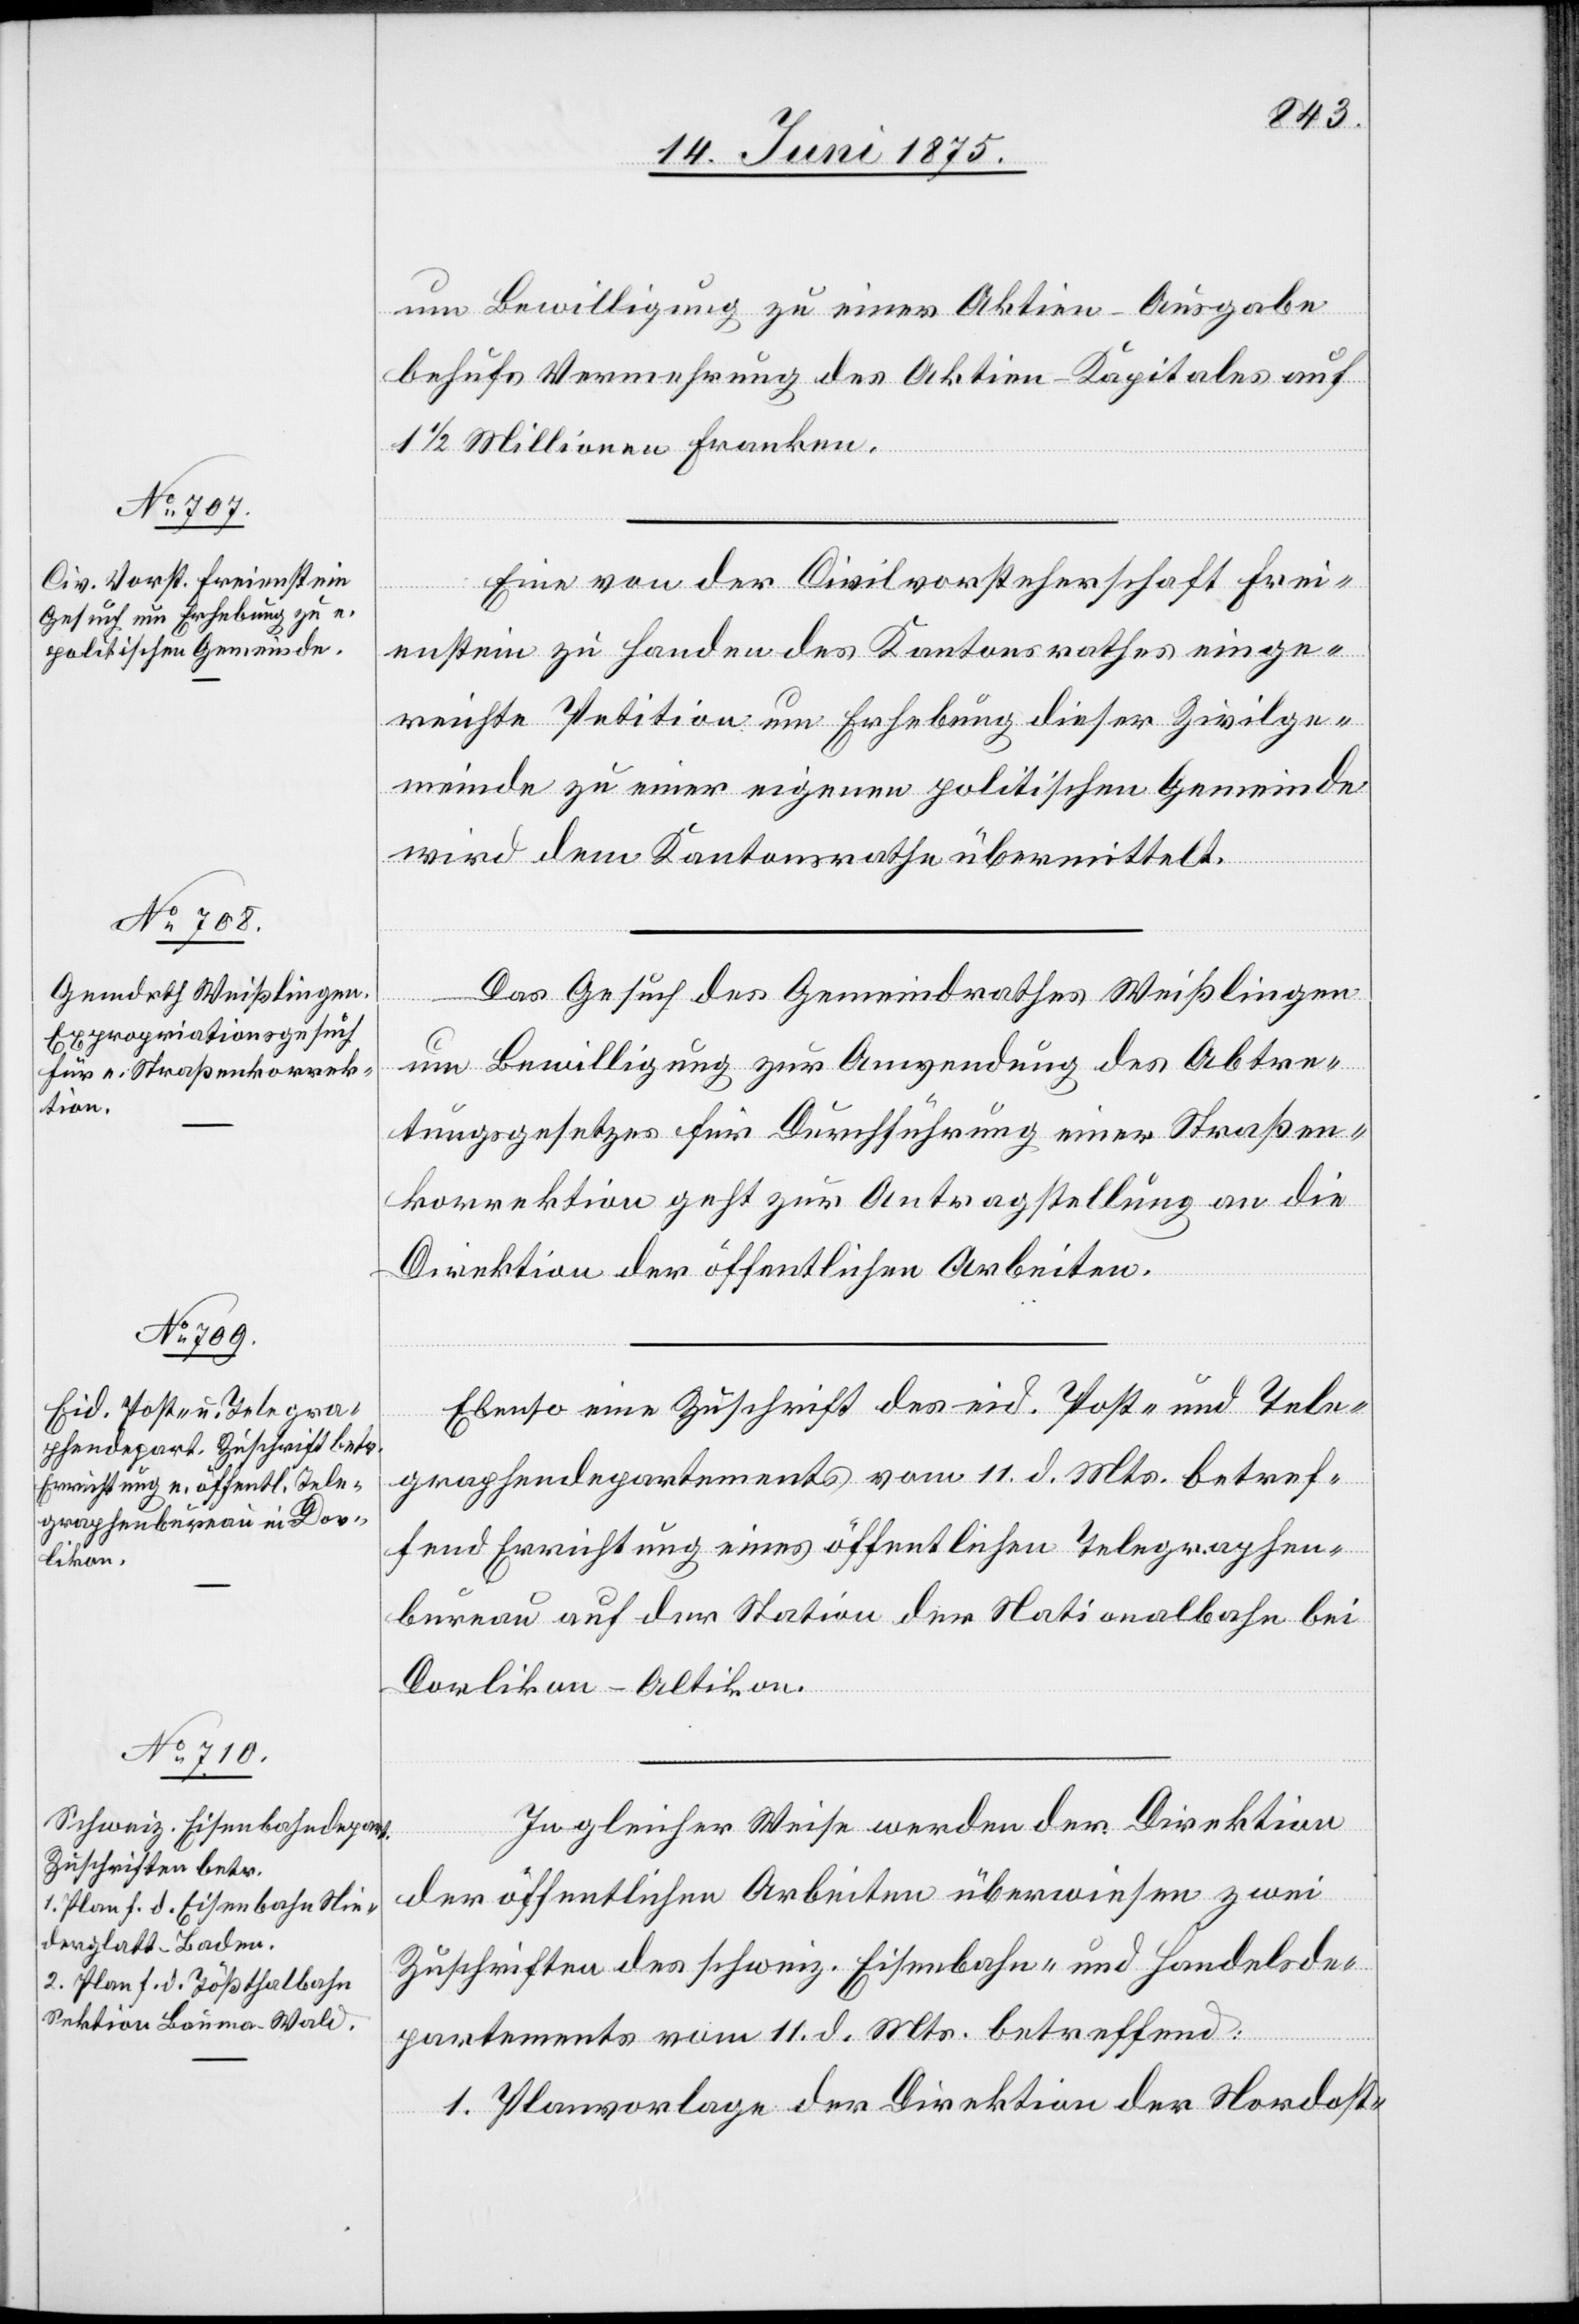
14. Juni 1875.]
um Bewilligung zu einer Aktien-Ausgabe
behufs Vermehrung des Aktien-Kapitals auf
1 1/2 Millionen Franken.
erfügungen.
Eine von der Civilvorsteherschaft Frei¬
enstein zu Handen des Kantonsrathes einge¬
reichte Petition um Erhebung dieser Zivilge¬
meinde zu einer eigenen politischen Gemeinde
wird dem Kantonsrathe übermittelt.
Das Gesuch des Gemeindrathes Weißlingen
um Bewilligung zur Anwendung des Abtre¬
tungsgesetzes für die Durchführung einer Straßen¬
korrektion geht zur Antragstellung an die
Direktion der öffentlichen Arbeiten.
Ebenso eine Zuschrift des eid. Post- und Tele¬
graphendepartementes vom 11. d. Mts. betref¬
fen Errichtung eines öffentlichen Telegraphen¬
bureau auf der Station der Nationalbahn bei
Dorlikon-Altikon.
In gleicher Weise werden der Direktion
der öffentlichen Arbeiten überwiesen zwei
Zuschriften des schweiz. Eisenbahn- und Handelsde¬
partementes vom 11. d. Mts. betreffend:
1. Planvorlage der Direktion der Nordost-